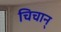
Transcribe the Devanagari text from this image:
चिचान्